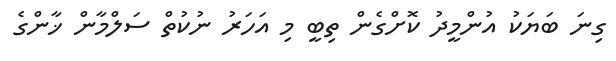
ގިނަ ބަޔަކު އުންމީދު ކޮށްގެން ތިބީ މި އަހަރު ނުކުތް ސަލްމާން ޚާންގެ